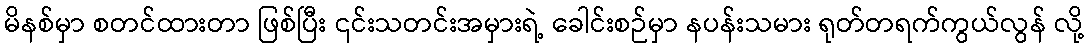
မိနစ်မှာ စတင်ထားတာ ဖြစ်ပြီး ၎င်းသတင်းအမှားရဲ့ ခေါင်းစဉ်မှာ နပန်းသမား ရုတ်တရက်ကွယ်လွန် လို့